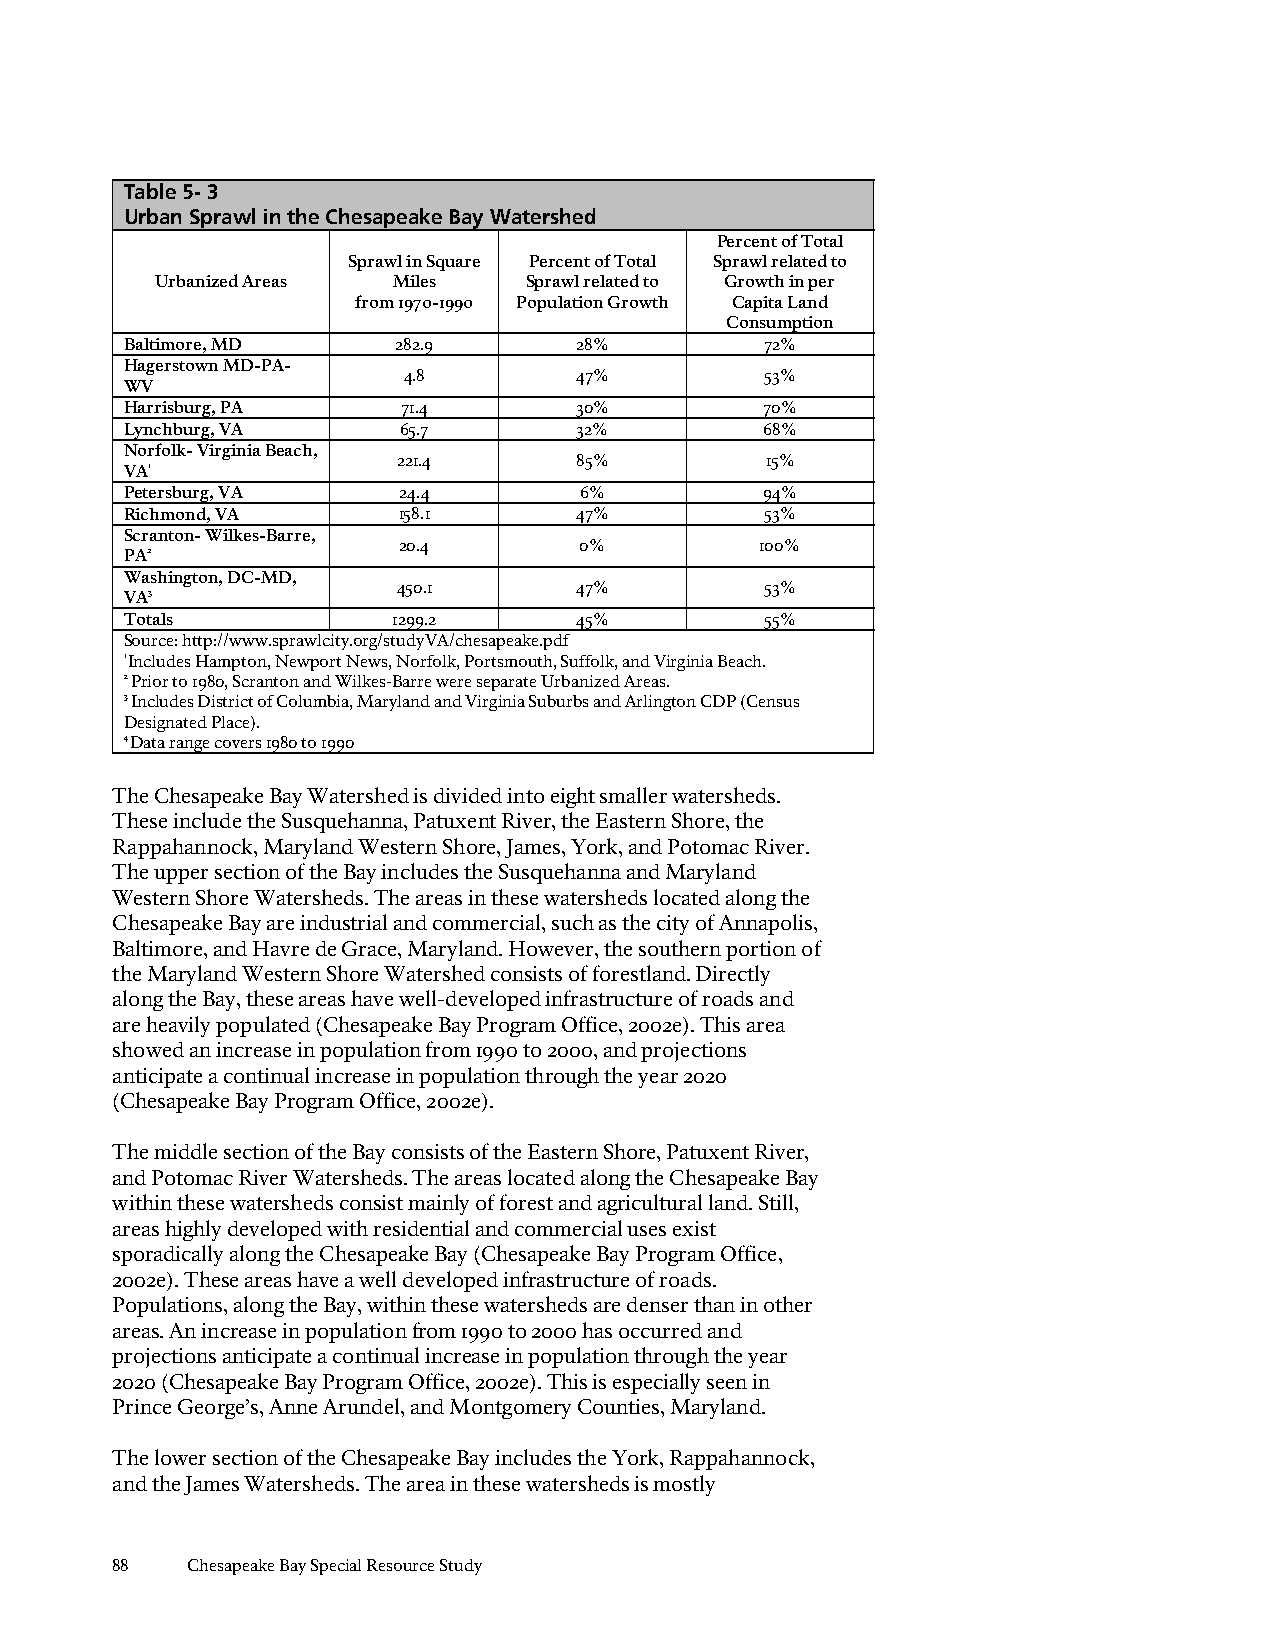
Table 5- 3
 Urban Sprawl in the Chesapeake Bay Watershed
 Percent of Total
 Sprawl in Square Percent of Total Sprawl related to
 Urbanized Areas Miles    Sprawl related to Growth in per
 from 1970-1990 Population Growth Capita Land
 Consumption
 Baltimore, MD     282.9       28%          72%
 Hagerstown MD-PA-
 4.8        47%          53%
 WV
 Harrisburg, PA     71.4       30%          70%
 Lynchburg, VA     65.7        32%          68%
 Norfolk- Virginia Beach,
 221.4       85%          15%
 VA1
 Petersburg, VA    24.4        6%           94%
 Richmond, VA      158.1       47%          53%
 Scranton- Wilkes-Barre,
 20.4        0%          100%
 PA2
 Washington, DC-MD,
 450.1       47%          53%
 VA3
 Totals            1299.2      45%          55%
 Source: http://www.sprawlcity.org/studyVA/chesapeake.pdf
 1 Includes Hampton, Newport News, Norfolk, Portsmouth, Suffolk, and Virginia Beach.
 2 Prior to 1980, Scranton and Wilkes-Barre were separate Urbanized Areas.
 3 Includes District of Columbia, Maryland and Virginia Suburbs and Arlington CDP (Census
 Designated Place).
 4 Data range covers 1980 to 1990
 The Chesapeake Bay Watershed is divided into eight smaller watersheds.
 These include the Susquehanna, Patuxent River, the Eastern Shore, the
 Rappahannock, Maryland Western Shore, James, York, and Potomac River.
 The upper section of the Bay includes the Susquehanna and Maryland
 Western Shore Watersheds. The areas in these watersheds located along the
 Chesapeake Bay are industrial and commercial, such as the city of Annapolis,
 Baltimore, and Havre de Grace, Maryland. However, the southern portion of
 the Maryland Western Shore Watershed consists of forestland. Directly
 along the Bay, these areas have well-developed infrastructure of roads and
 are heavily populated (Chesapeake Bay Program Office, 2002e). This area
 showed an increase in population from 1990 to 2000, and projections
 anticipate a continual increase in population through the year 2020
 (Chesapeake Bay Program Office, 2002e).
 The middle section of the Bay consists of the Eastern Shore, Patuxent River,
 and Potomac River Watersheds. The areas located along the Chesapeake Bay
 within these watersheds consist mainly of forest and agricultural land. Still,
 areas highly developed with residential and commercial uses exist
 sporadically along the Chesapeake Bay (Chesapeake Bay Program Office,
 2002e). These areas have a well developed infrastructure of roads.
 Populations, along the Bay, within these watersheds are denser than in other
 areas. An increase in population from 1990 to 2000 has occurred and
 projections anticipate a continual increase in population through the year
 2020 (Chesapeake Bay Program Office, 2002e). This is especially seen in
 Prince George’s, Anne Arundel, and Montgomery Counties, Maryland.
 The lower section of the Chesapeake Bay includes the York, Rappahannock,
 and the James Watersheds. The area in these watersheds is mostly
 88   Chesapeake Bay Special Resource Study